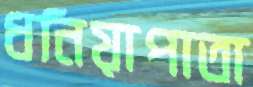
ধনিয়াপাতা